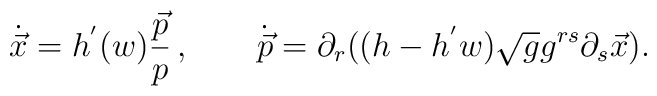
\dot{\vec{x}} = h^{'}(w)\frac{\vec{p}}{p}\,, \qquad\dot{\vec{p}} = \partial_r((h-h^{'}w)\sqrt{g} g^{rs}\partial_s\vec{x}).